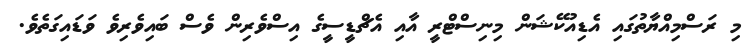
މި ރަސްމިއްޔާތުގައި އެޑިއުކޭޝަން މިނިސްޓްރީ އާއި އެޗްޑީސީގެ އިސްވެރިން ވެސް ބައިވެރިވެ ވަޑައިގަތެވެ.